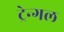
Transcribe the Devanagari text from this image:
ट्रेन्गल